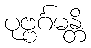
ပုဗ္ဗင်္ဂမန္တိ